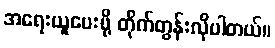
အရေးယူပေးဖို့ တိုက်တွန်းလိုပါတယ်။